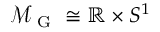
\mathcal { M } _ { \mathrm { ~ G ~ } } \cong \mathbb { R } \times S ^ { 1 }